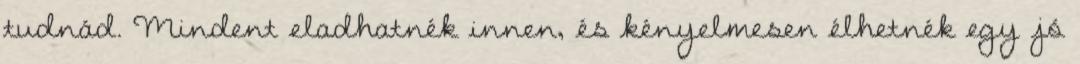
tudnád. Mindent eladhatnék innen, és kényelmesen élhetnék egy jó